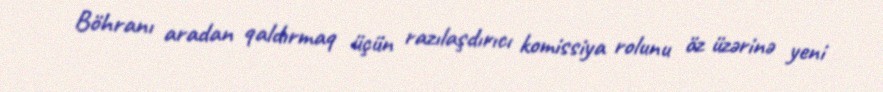
Böhranı aradan qaldırmaq üçün razılaşdırıcı komissiya rolunu öz üzərinə yeni